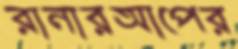
রানারআপের